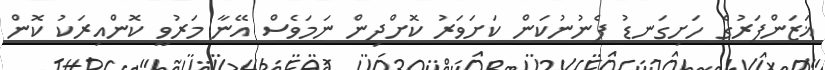
ޣަޒަންފަރުގެ ހަށިގަނޑު ފެނުނުކަން ކަށަވަރު ކޮށްދިން ނަމަވެސް އޭނާ މަރުވީ ކޮންއިރަކު ކޮން